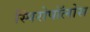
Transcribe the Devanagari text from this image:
स्पिरोपॉलोस